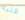
قلبه